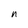
Character: n